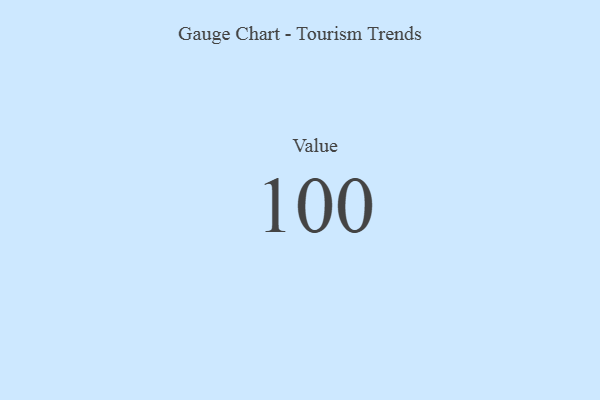
{"axis": {"x": "Metric", "y": "Value"}, "legend": [""], "data": [{"x": "Value", "y": 100, "type": ""}]}